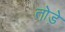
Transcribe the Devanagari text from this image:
तो़ड़े